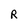
Character: R